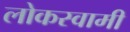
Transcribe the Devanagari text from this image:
लोकस्वामी